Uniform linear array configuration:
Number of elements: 24
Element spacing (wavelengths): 1
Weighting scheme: exponential
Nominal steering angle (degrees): -15
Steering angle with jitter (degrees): -13.493
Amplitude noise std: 0.05
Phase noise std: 0.05

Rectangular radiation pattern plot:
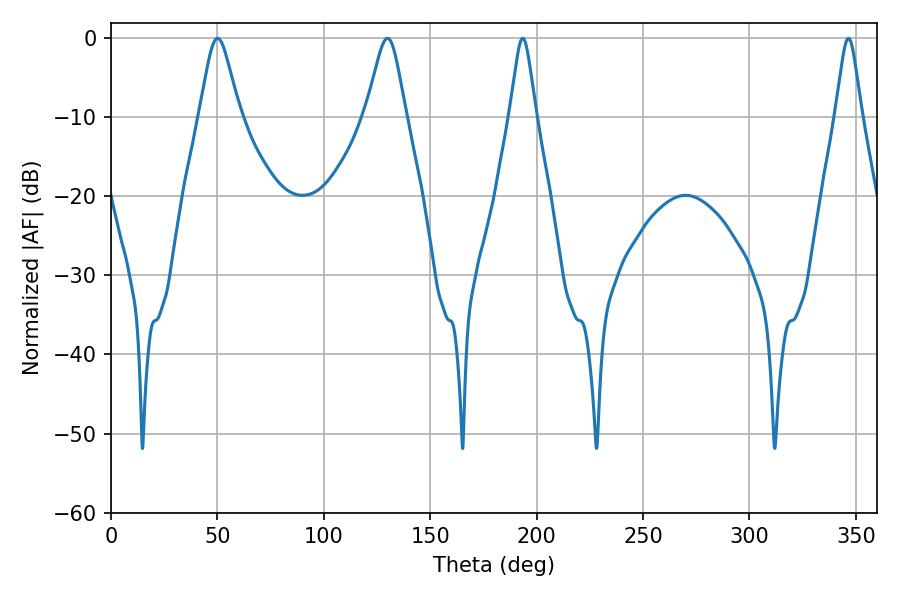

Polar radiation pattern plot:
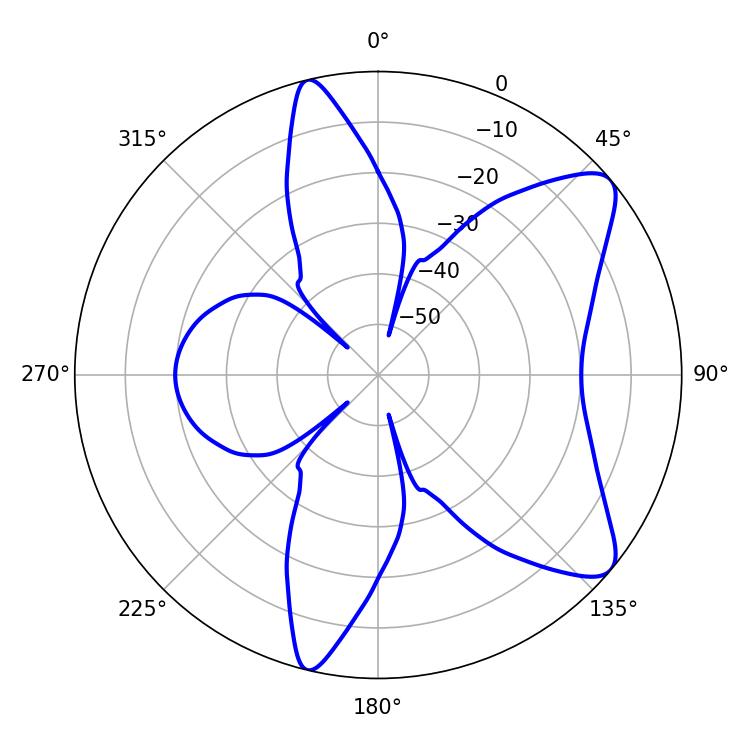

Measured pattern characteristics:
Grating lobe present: TRUE
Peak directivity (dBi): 9.063
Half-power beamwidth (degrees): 5.76
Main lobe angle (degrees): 193.5